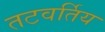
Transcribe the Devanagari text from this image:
तटवर्तिय